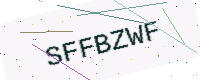
Text: SFFBZWF